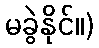
မခွဲနိုင်။)